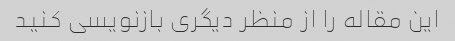
این مقاله را از منظر دیگری بازنویسی کنید